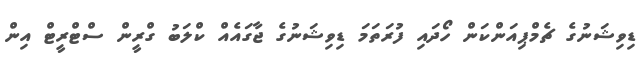
ޑިވިޝަނުގެ ޗެމްޕިއަންކަން ހޯދައި ފުރަތަމަ ޑިވިޝަނުގެ ޖާގައެއް ކްލަބު ގްރީން ސްޓްރީޓް އިން